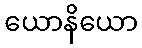
ယောနိယော